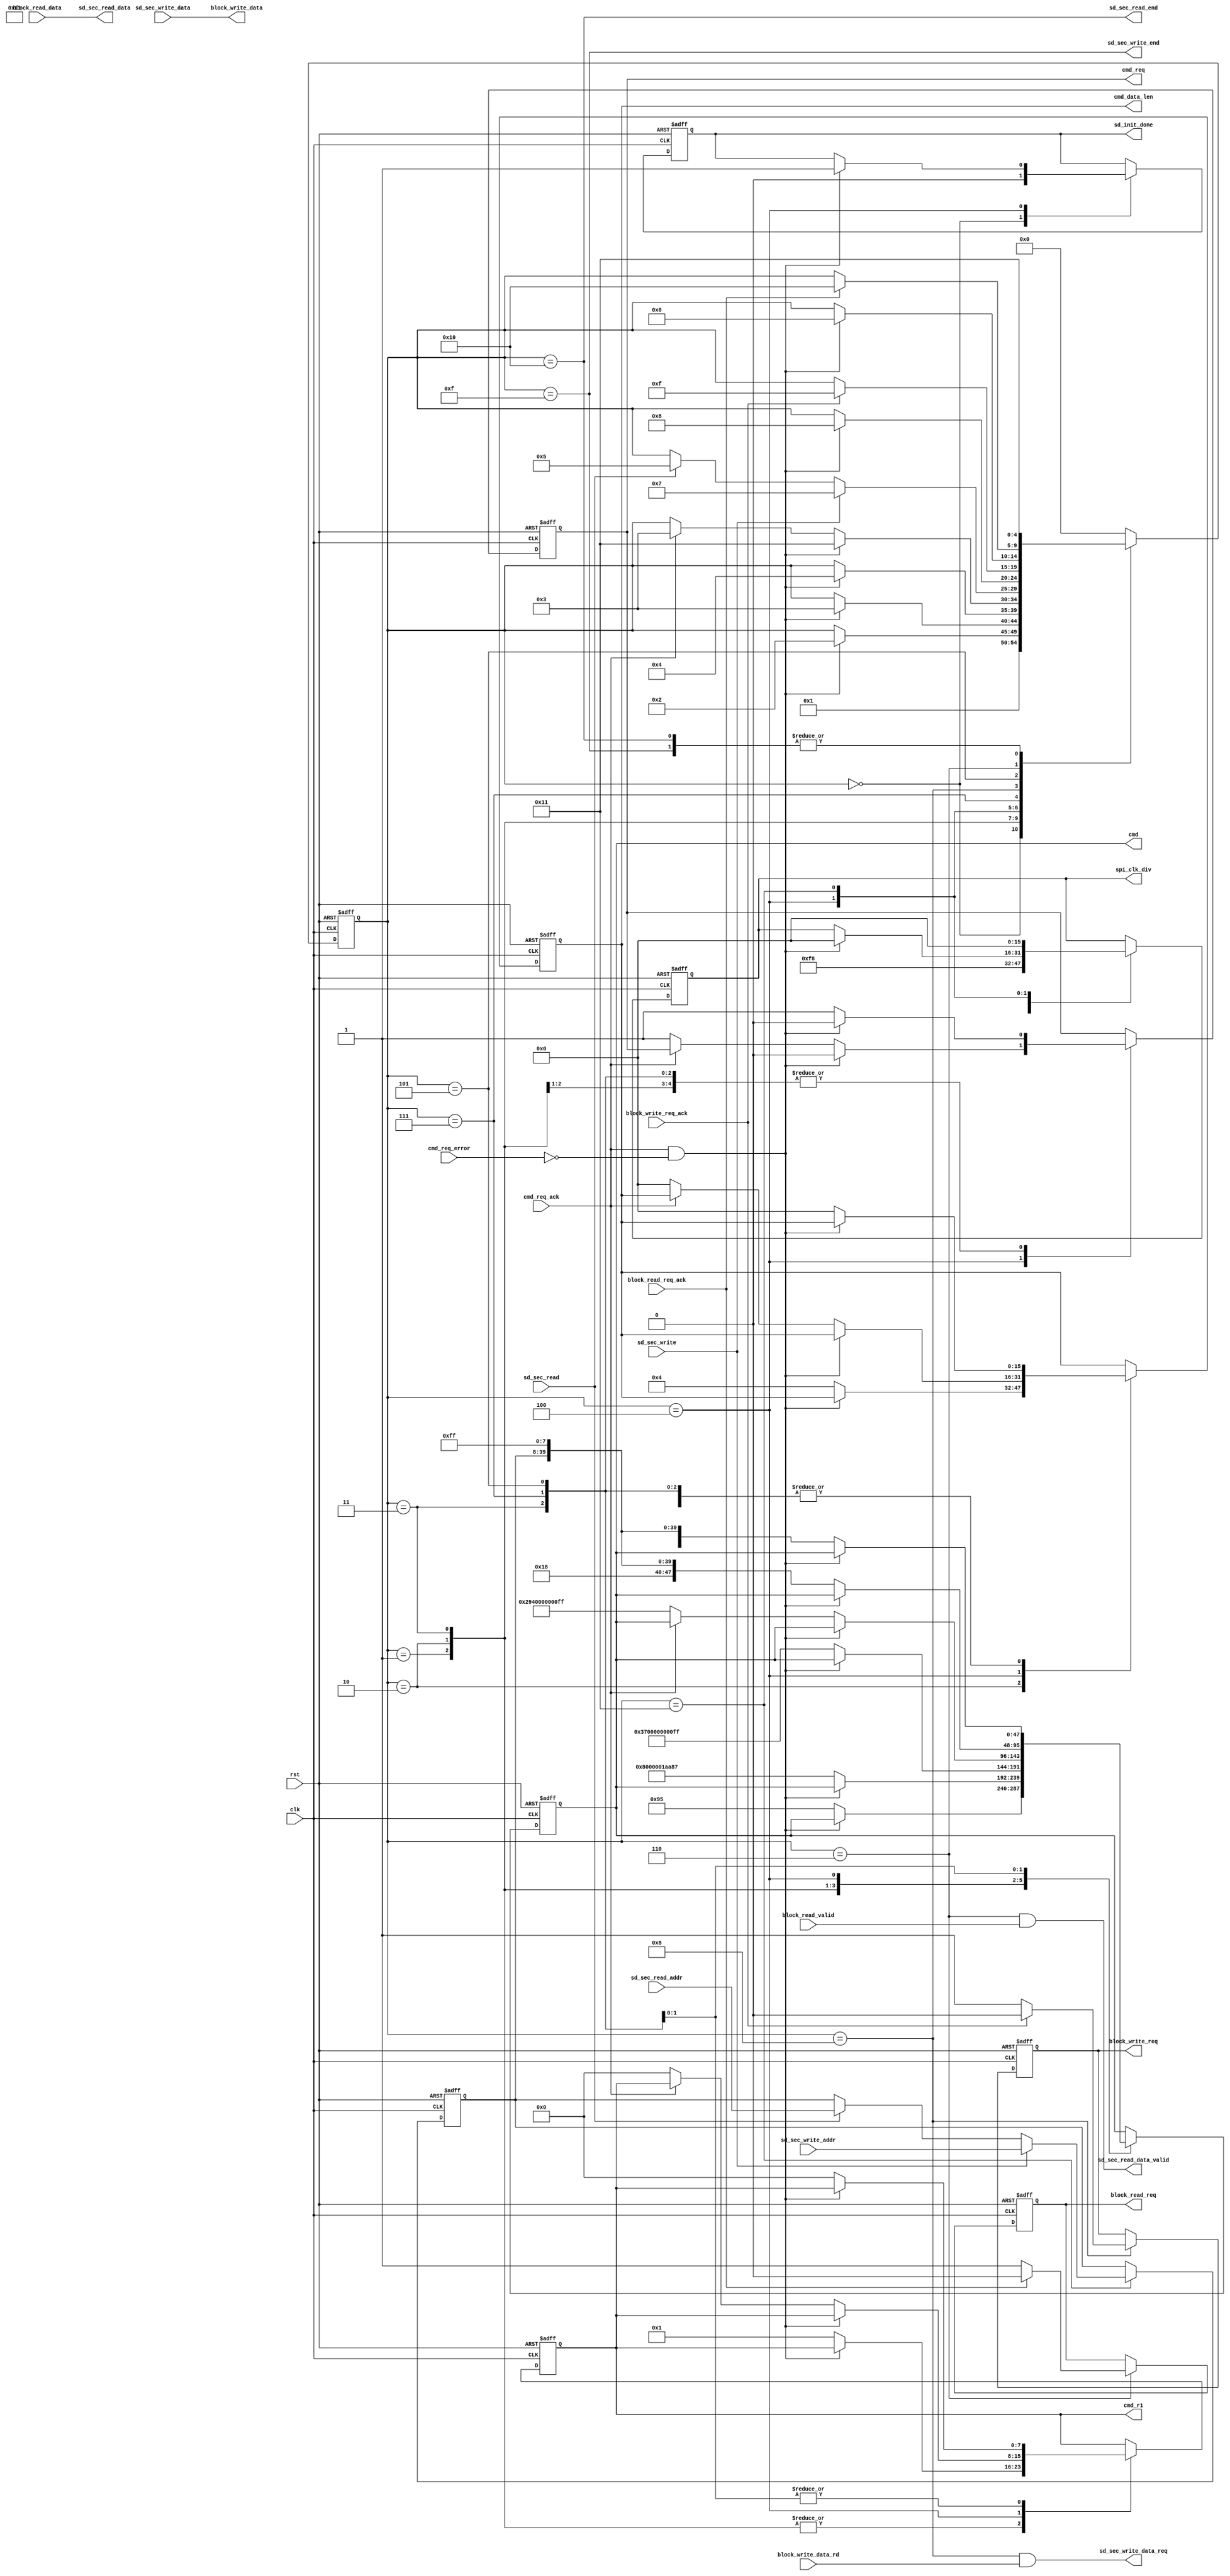
// This program was cloned from: https://github.com/Manistein/let-us-build-a-computer-system
// License: MIT License

//*************************************************************************\
//Copyright (c) 2017,ALINX(shanghai) Technology Co.,Ltd,All rights reserved
//
//                Project Name  :
//                     Company  :  ALINX(shanghai) Technology Co.,Ltd
//                         WEB  :  http://www.alinx.cn/
//==========================================================================
//   Description:
//
//
//==========================================================================
//  Revision History:
//  Date          By            Revision    Change Description
//--------------------------------------------------------------------------
//  2017/6/21    meisq         1.0         Original
//*************************************************************************/
module sd_card_sec_read_write
#(
	parameter  SPI_LOW_SPEED_DIV = 248,         // spi clk speed = clk speed /((SPI_LOW_SPEED_DIV + 2) * 2 )
	parameter  SPI_HIGH_SPEED_DIV = 0           // spi clk speed = clk speed /((SPI_HIGH_SPEED_DIV + 2) * 2 )
)
(
	input            clk,
	input            rst,
	output reg       sd_init_done,
	input            sd_sec_read,
	input[31:0]      sd_sec_read_addr,
	output[7:0]      sd_sec_read_data,
	output           sd_sec_read_data_valid,
	output           sd_sec_read_end,
	input            sd_sec_write,
	input[31:0]      sd_sec_write_addr,
	input[7:0]       sd_sec_write_data,
	output           sd_sec_write_data_req,
	output           sd_sec_write_end,

	output reg[15:0] spi_clk_div,
	output reg       cmd_req,
	input            cmd_req_ack,
	input            cmd_req_error,
	output reg[47:0] cmd,
	output reg[7:0]  cmd_r1,
	output reg[15:0] cmd_data_len,
	output reg       block_read_req,
	input            block_read_valid,
	input[7:0]       block_read_data,
	input            block_read_req_ack,
	output reg       block_write_req,
	output[7:0]      block_write_data,
	input            block_write_data_rd,
	input            block_write_req_ack
);
reg[7:0] read_data;
reg[31:0] timer;

localparam S_IDLE               = 0;
localparam S_CMD0               = 1;
localparam S_CMD8               = 2;
localparam S_CMD55              = 3;
localparam S_CMD41              = 4;
localparam S_CMD17              = 5;
localparam S_READ               = 6;
localparam S_CMD24              = 7;
localparam S_WRITE              = 8;
localparam S_ERR                = 14;
localparam S_WRITE_END          = 15;
localparam S_READ_END           = 16;
localparam S_WAIT_READ_WRITE    = 17;

reg[4:0]                       state;
reg[31:0]                      sec_addr;
assign sd_sec_read_data_valid = (state == S_READ) && block_read_valid;
assign sd_sec_read_data = block_read_data;
assign sd_sec_read_end = (state == S_READ_END);
assign sd_sec_write_data_req = (state == S_WRITE) && block_write_data_rd;
assign block_write_data = sd_sec_write_data;
assign sd_sec_write_end = (state == S_WRITE_END);

always@(posedge clk or posedge rst)
begin
	if(rst == 1'b1)
	begin
		state <= S_IDLE;
		cmd_req <= 1'b0;
		cmd_data_len <= 16'd0;
		cmd_r1 <= 8'd0;
		cmd <= 48'd0;
		spi_clk_div <= SPI_LOW_SPEED_DIV[15:0];
		block_write_req <= 1'b0;
		block_read_req <= 1'b0;
		sec_addr <= 32'd0;
		sd_init_done <= 1'b0;
	end
	else
		case(state)
			S_IDLE:
			begin
				state <= S_CMD0;
				sd_init_done <= 1'b0;
				spi_clk_div <= SPI_LOW_SPEED_DIV[15:0];
			end
			S_CMD0:
			begin
				if(cmd_req_ack & ~cmd_req_error)
				begin
					state <= S_CMD8;
					cmd_req <= 1'b0;
				end
				else
				begin
					cmd_req <= 1'b1;
					cmd_data_len <= 16'd0;
					cmd_r1 <= 8'h01;
					cmd <= {8'd0,8'h00,8'h00,8'h00,8'h00,8'h95};
				end
			end
			S_CMD8:
			begin
				if(cmd_req_ack & ~cmd_req_error)
				begin
					state <= S_CMD55;
					cmd_req <= 1'b0;
				end
				else
				begin
					cmd_req <= 1'b1;
					cmd_data_len <= 16'd4;
					cmd_r1 <= 8'h01;
					cmd <= {8'd8,8'h00,8'h00,8'h01,8'haa,8'h87};
				end
			end
			S_CMD55:
			begin
				if(cmd_req_ack & ~cmd_req_error)
				begin
					state <= S_CMD41;
					cmd_req <= 1'b0;
				end
				else
				begin
					cmd_req <= 1'b1;
					cmd_data_len <= 16'd0;
					cmd_r1 <= 8'h01;
					cmd <= {8'd55,8'h00,8'h00,8'h00,8'h00,8'hff};
				end
			end
			S_CMD41:
			begin
				if(cmd_req_ack & ~cmd_req_error)
				begin
					state <= S_WAIT_READ_WRITE;
					cmd_req <= 1'b0;
					sd_init_done <= 1'b1;
					spi_clk_div <= SPI_HIGH_SPEED_DIV[15:0];
				end
				else if(cmd_req_ack)
				begin
					state <= S_CMD55;
				end
				else
				begin
					cmd_req <= 1'b1;
					cmd_data_len <= 16'd0;
					cmd_r1 <= 8'h00;
					cmd <= {8'd41,8'h40,8'h00,8'h00,8'h00,8'hff};
				end
			end
			S_WAIT_READ_WRITE:
			begin
				if(sd_sec_write ==  1'b1)
				begin
					state <= S_CMD24;
					sec_addr <= sd_sec_write_addr;
				end
				else if(sd_sec_read == 1'b1)
				begin
					state <= S_CMD17;
					sec_addr <= sd_sec_read_addr;
				end

				spi_clk_div <= 16'd0;
			end
			S_CMD24:
			begin
				if(cmd_req_ack & ~cmd_req_error)
				begin
					state <= S_WRITE;
					cmd_req <= 1'b0;
				end
				else
				begin
					cmd_req <= 1'b1;
					cmd_data_len <= 16'd0;
					cmd_r1 <= 8'h00;
					cmd <= {8'd24,sec_addr,8'hff};

				end
			end
			S_WRITE:
			begin
				if(block_write_req_ack == 1'b1)
				begin
					block_write_req <= 1'b0;
					state <= S_WRITE_END;
				end
				else
					block_write_req <= 1'b1;
			end
			S_CMD17:
			begin
				if(cmd_req_ack & ~cmd_req_error)
				begin
					state <= S_READ;
					cmd_req <= 1'b0;
				end
				else
				begin
					cmd_req <= 1'b1;
					cmd_data_len <= 16'd0;
					cmd_r1 <= 8'h00;
					cmd <= {8'd17,sec_addr,8'hff};
				end
			end
			S_READ:
			begin
				if(block_read_req_ack)
				begin
					state <= S_READ_END;
					block_read_req <= 1'b0;
				end
				else
				begin
					block_read_req <= 1'b1;
				end
			end
			S_WRITE_END:
			begin
				state <= S_WAIT_READ_WRITE;
			end
			S_READ_END:
			begin
				state <= S_WAIT_READ_WRITE;
			end
			default:
				state <= S_IDLE;
		endcase
end
endmodule